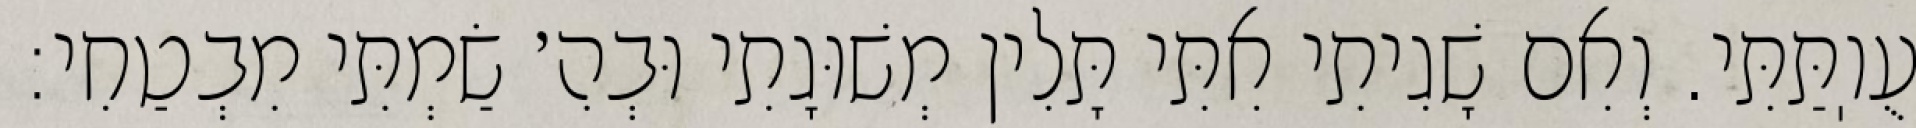
עֻוֽתַּתִּי. וְאִם שָׁגִיתִי אִתִּי תָּלִין מְשׁוּגָתִי וּבְהִ׳ שַׂמְתִּי מִבְטַחִי: